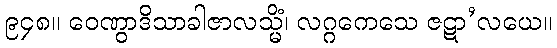
၉၄၈။ ဝေဏွာဒိသာခါဇာလသ္မိံ၊ လဂ္ဂကေသေ ဇဋာ’လယေ။